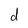
Character: d